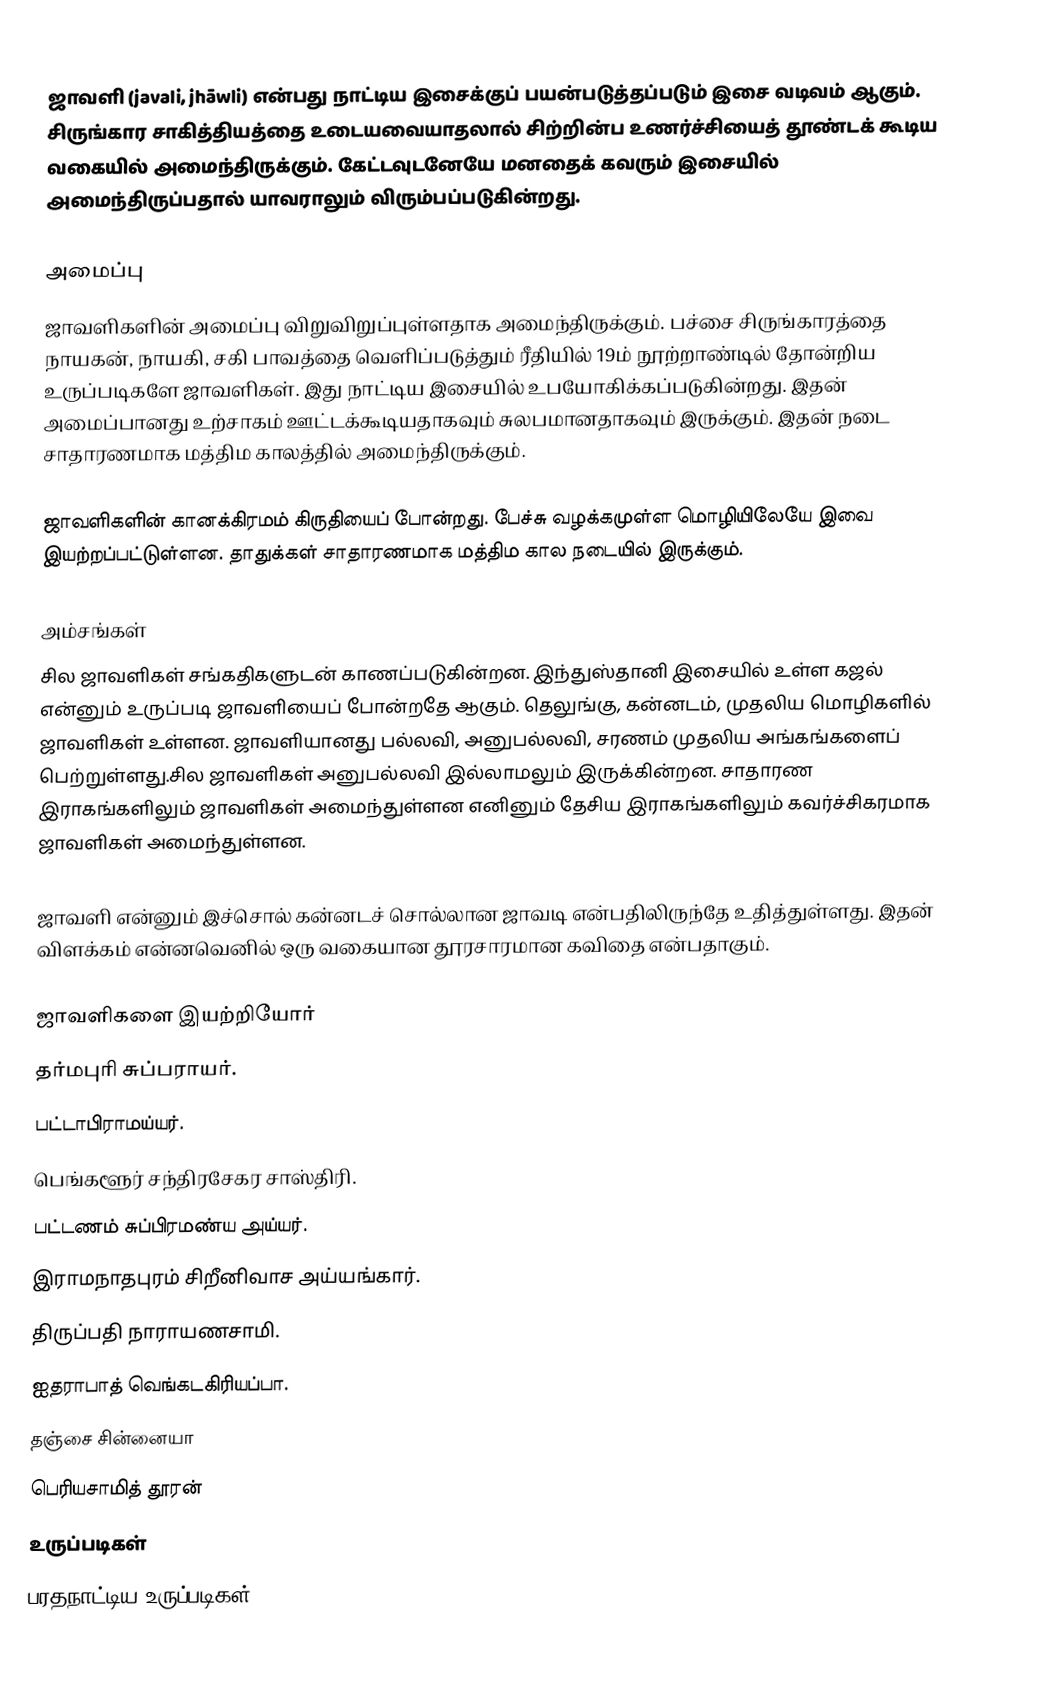
ஜாவளி (javali, jhāwli) என்பது நாட்டிய இசைக்குப் பயன்படுத்தப்படும் இசை வடிவம் ஆகும். சிருங்கார சாகித்தியத்தை உடையவையாதலால் சிற்றின்ப உணர்ச்சியைத் தூண்டக் கூடிய வகையில் அமைந்திருக்கும். கேட்டவுடனேயே மனதைக் கவரும் இசையில் அமைந்திருப்பதால் யாவராலும் விரும்பப்படுகின்றது.

அமைப்பு
ஜாவளிகளின் அமைப்பு விறுவிறுப்புள்ளதாக அமைந்திருக்கும். பச்சை சிருங்காரத்தை நாயகன், நாயகி, சகி பாவத்தை வெளிப்படுத்தும் ரீதியில் 19ம் நூற்றாண்டில் தோன்றிய உருப்படிகளே ஜாவளிகள். இது நாட்டிய இசையில் உபயோகிக்கப்படுகின்றது. இதன் அமைப்பானது உற்சாகம் ஊட்டக்கூடியதாகவும் சுலபமானதாகவும் இருக்கும். இதன் நடை சாதாரணமாக மத்திம காலத்தில் அமைந்திருக்கும்.

ஜாவளிகளின் கானக்கிரமம் கிருதியைப் போன்றது. பேச்சு வழக்கமுள்ள மொழியிலேயே இவை இயற்றப்பட்டுள்ளன. தாதுக்கள் சாதாரணமாக மத்திம கால நடையில் இருக்கும்.

அம்சங்கள்
சில ஜாவளிகள் சங்கதிகளுடன் காணப்படுகின்றன. இந்துஸ்தானி இசையில் உள்ள கஜல் என்னும் உருப்படி ஜாவளியைப் போன்றதே ஆகும். தெலுங்கு, கன்னடம், முதலிய மொழிகளில் ஜாவளிகள் உள்ளன. ஜாவளியானது பல்லவி, அனுபல்லவி, சரணம் முதலிய அங்கங்களைப் பெற்றுள்ளது.சில ஜாவளிகள் அனுபல்லவி இல்லாமலும் இருக்கின்றன. சாதாரண இராகங்களிலும் ஜாவளிகள் அமைந்துள்ளன எனினும் தேசிய இராகங்களிலும் கவர்ச்சிகரமாக ஜாவளிகள் அமைந்துள்ளன.

ஜாவளி என்னும் இச்சொல் கன்னடச் சொல்லான ஜாவடி என்பதிலிருந்தே உதித்துள்ளது. இதன் விளக்கம் என்னவெனில் ஒரு வகையான தூரசாரமான கவிதை என்பதாகும்.

ஜாவளிகளை இயற்றியோர்
 தர்மபுரி சுப்பராயர்.
 பட்டாபிராமய்யர்.
 பெங்களூர் சந்திரசேகர சாஸ்திரி.
 பட்டணம் சுப்பிரமண்ய அய்யர்.
 இராமநாதபுரம் சிறீனிவாச அய்யங்கார்.
 திருப்பதி நாராயணசாமி.
 ஐதராபாத் வெங்கடகிரியப்பா.
 தஞ்சை சின்னையா
பெரியசாமித் தூரன்
உருப்படிகள்
பரதநாட்டிய உருப்படிகள்